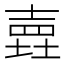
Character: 𡐎